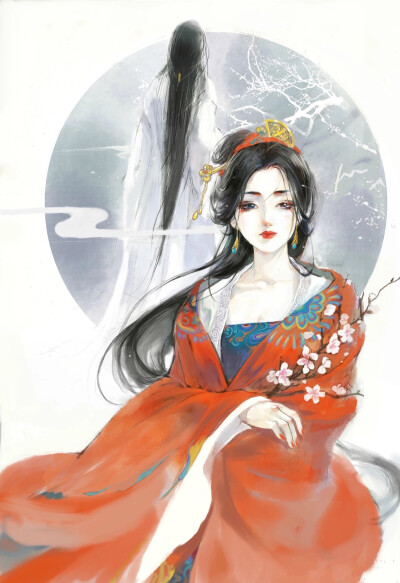
一枝红艳露凝香，云雨巫山枉断肠。